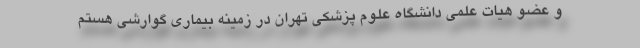
و عضو هیات علمی دانشگاه علوم پزشکی تهران در زمینه بیماری گوارشی هستم